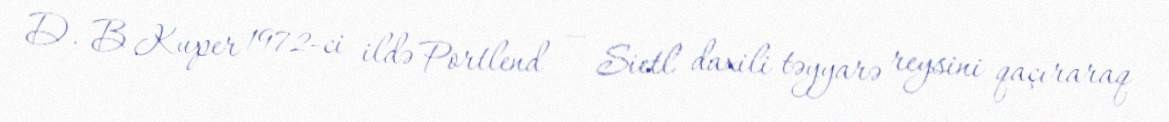
D. B Kuper 1972-ci ildə Portlend — Sietl daxili təyyarə reysini qaçıraraq